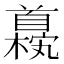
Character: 𫗹